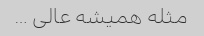
مثله همیشه عالی …